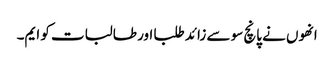
انھوں نے پانچ سو سے زائد طلبا اور طالبات کو ایم۔